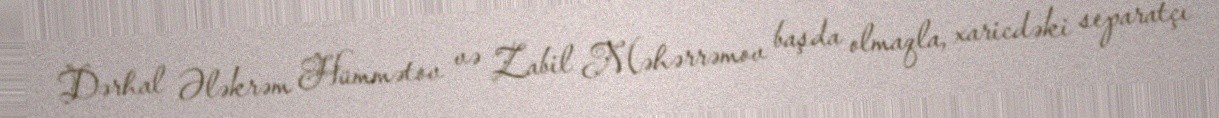
Dərhal Ələkrəm Hümmətov və Zabil Məhərrəmov başda olmaqla, xaricdəki separatçı